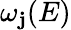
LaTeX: \omega_{\mathbf{j}}(E)